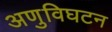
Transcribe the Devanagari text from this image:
अणुविघटन